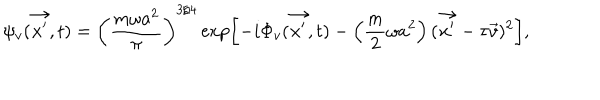
LaTeX: \psi _ { v } ( \vec { x ^ { \prime } } , t ) = \left( \frac { m \omega a ^ { 2 } } { \pi } \right) ^ { 3 / 4 } \exp \left[ - i \Phi _ { v } ( \vec { x ^ { \prime } } , t ) - \left( \frac { m } { 2 } \omega a ^ { 2 } \right) ( \vec { x ^ { \prime } } - \tau \vec { v } ) ^ { 2 } \right] ,